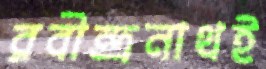
রবীন্দ্রনাথই